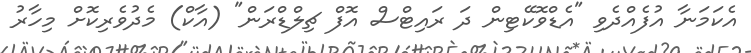
އެކަމަނާ އުފެއްދެވި "އެޑްވޮކޭޓިން ދަ ރައިޓްސް އޮފް ޗިލްޑްރަން" (އާކް) މެދުވެރިކޮށް މިހާރު